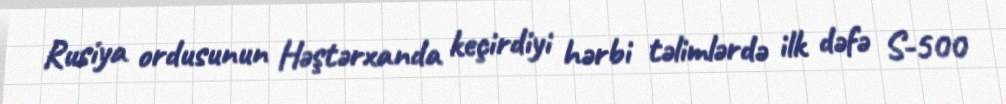
Rusiya ordusunun Həştərxanda keçirdiyi hərbi təlimlərdə ilk dəfə S-500